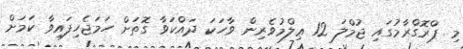
މި ޕްރޮގްރާމުގައި ޖުމްލަ 12 ޢިލްމުވެރިން ވާހަކަ ދައްކަވާ ގޮތަށް ހަމަޖެހިފައިވާ ކަމަށް